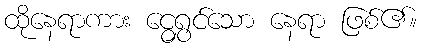
ထိုနေရာကား ငွေရွှင်သော နေရာ ဖြစ်၏။